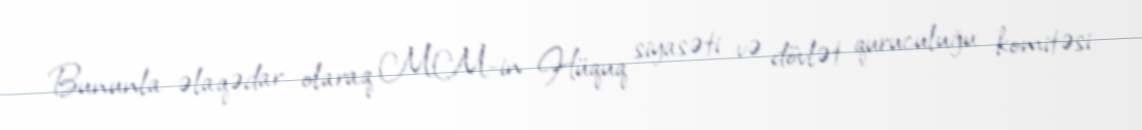
Bununla əlaqədar olaraq MM-in Hüquq siyasəti və dövlət quruculuğu komitəsi